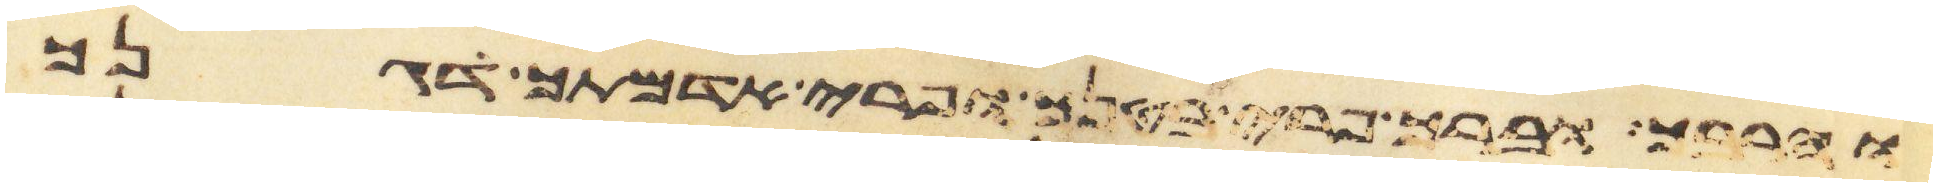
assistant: והרבך וברך פרי בטנך ופרי אדמתך דגנך